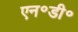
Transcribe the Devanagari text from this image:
एन॰डी॰